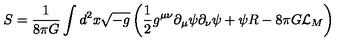
S = \frac { 1 } { 8 \pi G } \int d ^ { 2 } x \sqrt { - g } \left( \frac { 1 } { 2 } g ^ { \mu \nu } \partial _ { \mu } \psi \partial _ { \nu } \psi + \psi R - 8 \pi G { \cal L } _ { M } \right)